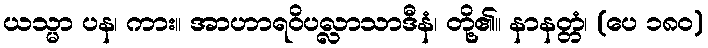
ယသ္မာ ပန၊ ကား။ အာဟာရဝိပလ္လာသာဒီနံ၊ တို့၏။ နာနတ္တံ၊ (ပေ ၁၈၀)